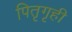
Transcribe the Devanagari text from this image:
पितृगृही